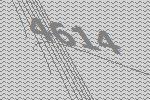
4614